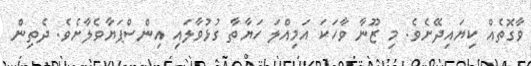
ވާގޮތެއް ކިޔައިދޭށެވެ. މި ޒޫނާ ވާހަކަ އަމިއްލަ ހަޔާތާ ގުޅުވާލައި އިންސްޕަޔާވެލާށެވެ. ދެތިން